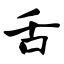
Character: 舌